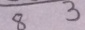
8 3